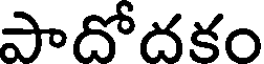
పాదోదకం